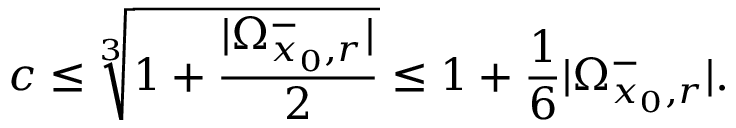
c \leq \sqrt [ 3 ] { 1 + \frac { | \Omega _ { x _ { 0 } , r } ^ { - } | } { 2 } } \leq 1 + \frac { 1 } { 6 } | \Omega _ { x _ { 0 } , r } ^ { - } | .